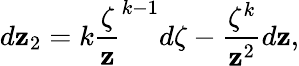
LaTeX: d\mathbf{z}_{2}=k\frac{{\zeta}}{{\mathbf{z}}}^{k-1}d\zeta-\frac{{\zeta^{k}}}{{\mathbf{z}^{2}}}d\mathbf{z},